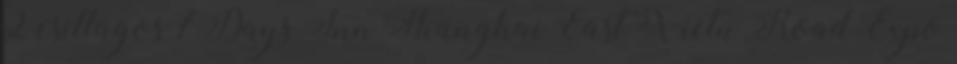
2 csillagos 7Days Inn Shanghai East Xietu Road Expo